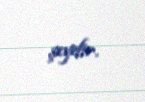
şeydir.